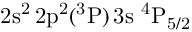
\mathrm { 2 s ^ { 2 } \, 2 p ^ { 2 } ( ^ { 3 } P ) \, 3 s ~ ^ { 4 } P _ { 5 / 2 } }